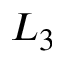
L _ { 3 }